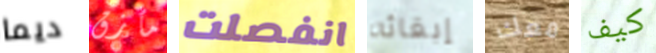
ديما مأزق انفصلت إبقائه معك كيف